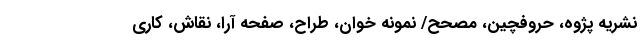
نشریه پژوه، حروفچین، مصحح/ نمونه خوان، طراح، صفحه آرا، نقاش، کاری